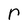
Character: r